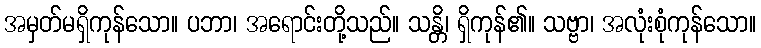
အမှတ်မရှိကုန်သော။ ပဘာ၊ အရောင်းတို့သည်။ သန္တိ၊ ရှိကုန်၏။ သဗ္ဗာ၊ အလုံးစုံကုန်သော။